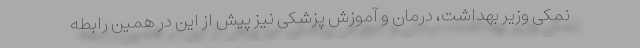
نمکی وزیر بهداشت، درمان و آموزش پزشکی نیز پیش از این در همین رابطه